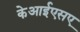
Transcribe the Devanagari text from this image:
केआईएसए